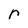
Character: r